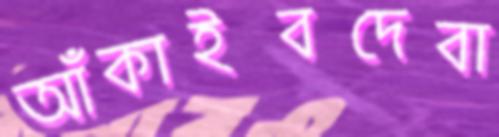
আঁকাইবদেবা